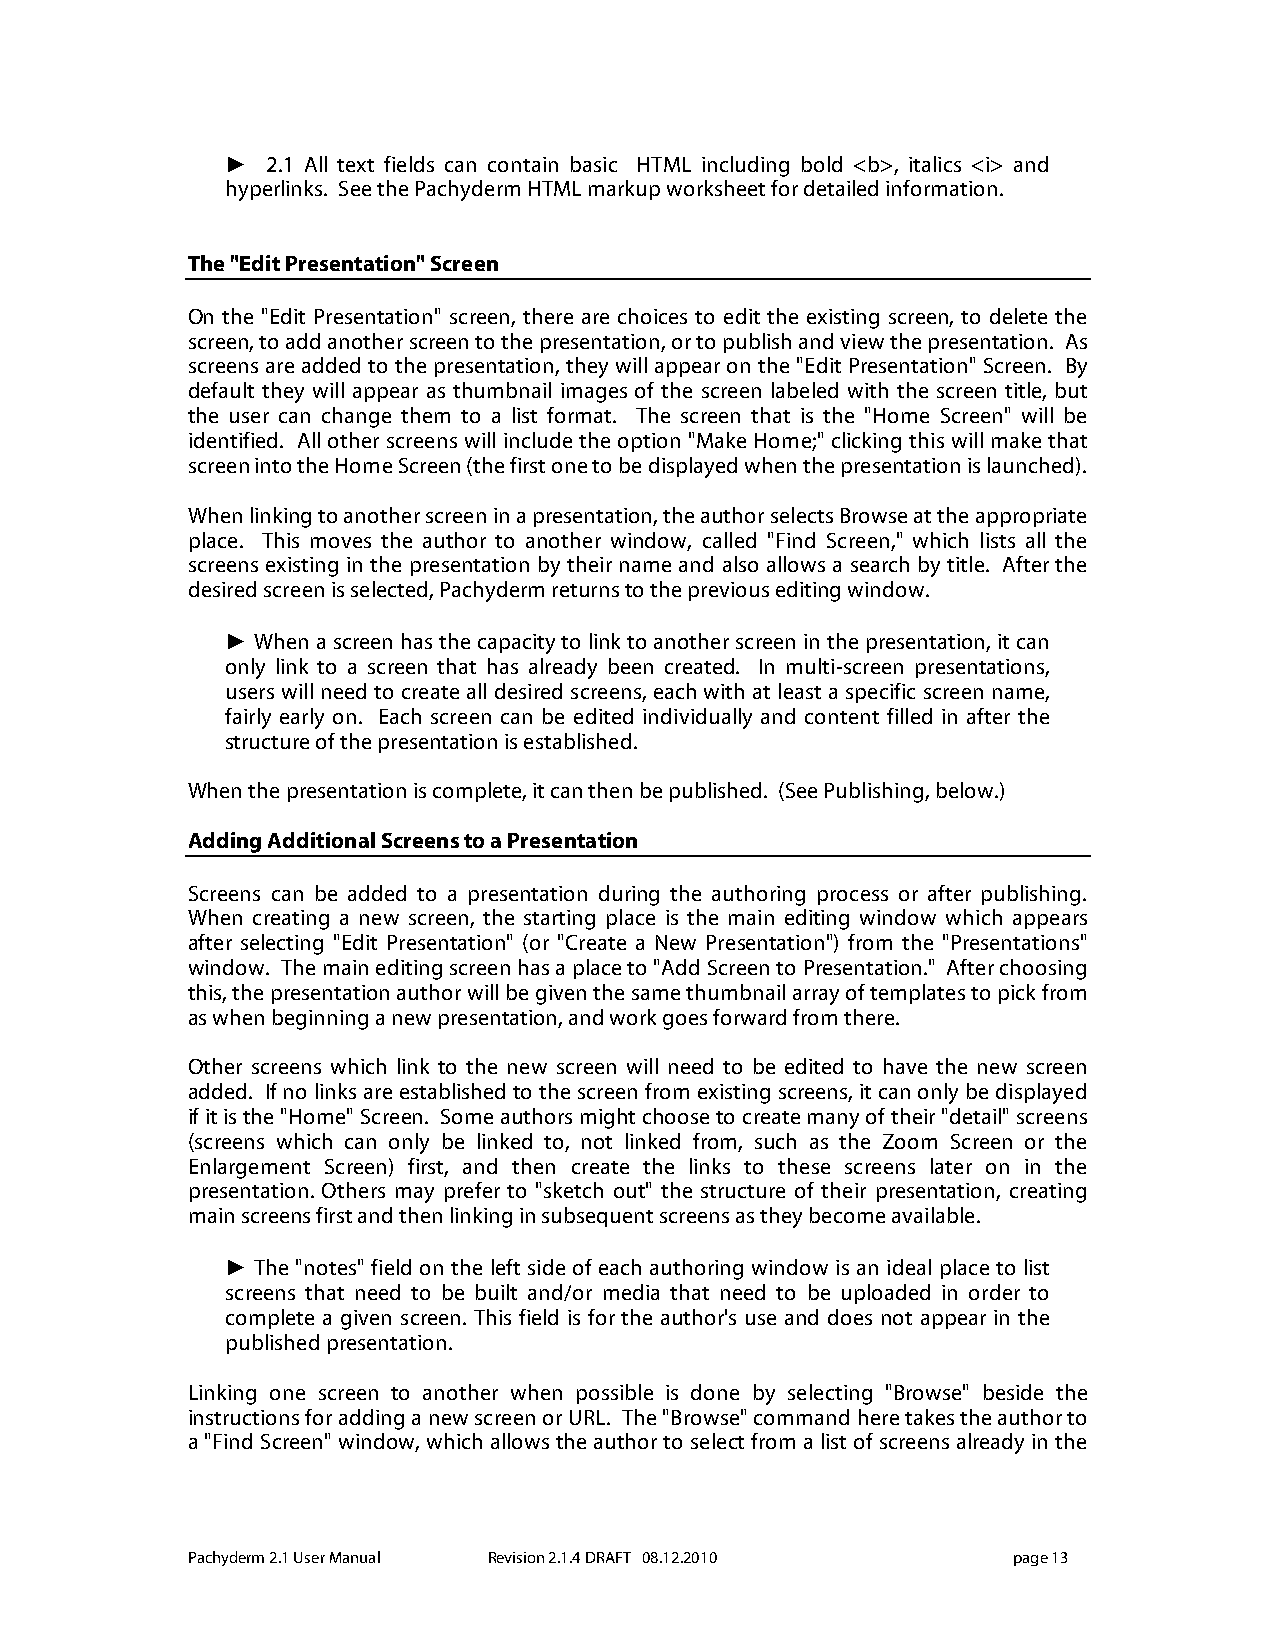
►  2.1 All text fields can contain basic HTML including bold <b>, italics <i> and
 hyperlinks. See the Pachyderm HTML markup worksheet for detailed information.
 The "Edit Presentation" Screen
 On the "Edit Presentation" screen, there are choices to edit the existing screen, to delete the
 screen, to add another screen to the presentation, or to publish and view the presentation. As
 screens are added to the presentation, they will appear on the "Edit Presentation" Screen. By
 default they will appear as thumbnail images of the screen labeled with the screen title, but
 the user can change them to a list format. The screen that is the "Home Screen" will be
 identified. All other screens will include the option "Make Home;" clicking this will make that
 screen into the Home Screen (the first one to be displayed when the presentation is launched).
 When linking to another screen in a presentation, the author selects Browse at the appropriate
 place. This moves the author to another window, called "Find Screen," which lists all the
 screens existing in the presentation by their name and also allows a search by title. After the
 desired screen is selected, Pachyderm returns to the previous editing window.
 ► When a screen has the capacity to link to another screen in the presentation, it can
 only link to a screen that has already been created. In multi-screen presentations,
 users will need to create all desired screens, each with at least a specific screen name,
 fairly early on. Each screen can be edited individually and content filled in after the
 structure of the presentation is established.
 When the presentation is complete, it can then be published. (See Publishing, below.)
 Adding Additional Screens to a Presentation
 Screens can be added to a presentation during the authoring process or after publishing.
 When creating a new screen, the starting place is the main editing window which appears
 after selecting "Edit Presentation" (or "Create a New Presentation") from the "Presentations"
 window. The main editing screen has a place to "Add Screen to Presentation." After choosing
 this, the presentation author will be given the same thumbnail array of templates to pick from
 as when beginning a new presentation, and work goes forward from there.
 Other screens which link to the new screen will need to be edited to have the new screen
 added. If no links are established to the screen from existing screens, it can only be displayed
 if it is the "Home" Screen. Some authors might choose to create many of their "detail" screens
 (screens which can only be linked to, not linked from, such as the Zoom Screen or the
 Enlargement Screen) first, and then create the links to these screens later on in the
 presentation. Others may prefer to "sketch out" the structure of their presentation, creating
 main screens first and then linking in subsequent screens as they become available.
 ► The "notes" field on the left side of each authoring window is an ideal place to list
 screens that need to be built and/or media that need to be uploaded in order to
 complete a given screen. This field is for the author's use and does not appear in the
 published presentation.
 Linking one screen to another when possible is done by selecting "Browse" beside the
 instructions for adding a new screen or URL. The "Browse" command here takes the author to
 a "Find Screen" window, which allows the author to select from a list of screens already in the
 Pachyderm 2.1 User Manual Revision 2.1.4 DRAFT 08.12.2010 page 13